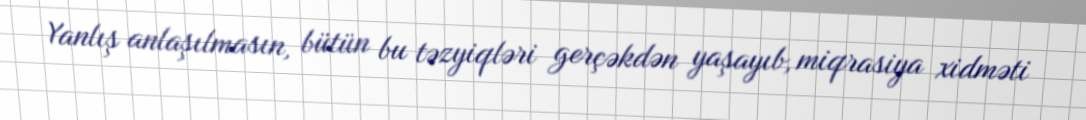
Yanlış anlaşılmasın, bütün bu təzyiqləri gerçəkdən yaşayıb, miqrasiya xidməti